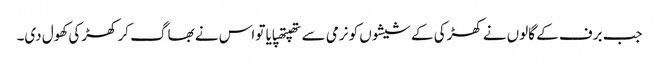
جب برف کے گالوں نے کھڑکی کے شیشوں کو نرمی سے تھپتھپایا تو اس نے بھاگ کر کھڑکی کھول دی۔